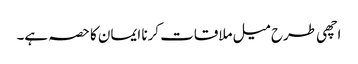
اچھی طرح میل ملاقات کرنا ایمان کا حصہ ہے۔